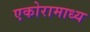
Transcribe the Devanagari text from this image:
एकोरामाध्य